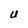
Character: U